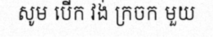
សូម បើក វង់ ក្រចក មួយ